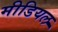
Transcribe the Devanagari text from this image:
मीडियल